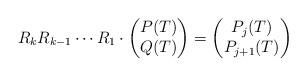
LaTeX: \begin{align*}R_kR_{k-1}\cdots R_1\cdot\begin{pmatrix}P(T) \\Q(T)\end{pmatrix}=\begin{pmatrix}P_j(T) \\P_{j+1}(T)\end{pmatrix}\end{align*}